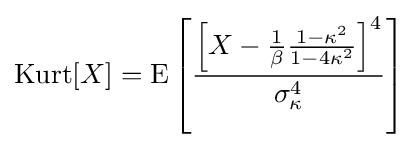
\operatorname {Kurt} [X]=\operatorname {E} \left[{\frac {\left[X-{\frac {1}{\beta }}{\frac {1-\kappa ^{2}}{1-4\kappa ^{2}}}\right]^{4}}{\sigma _{\kappa }^{4}}}\right]